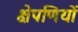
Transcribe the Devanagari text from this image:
क्षेपणियों